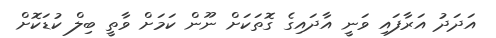
އަދަދު އަރާފައި ވަނީ އާދައިގެ ގޮތަކަށް ނޫން ކަމަށް ވާތީ ބިލް ކުޑަކޮށް